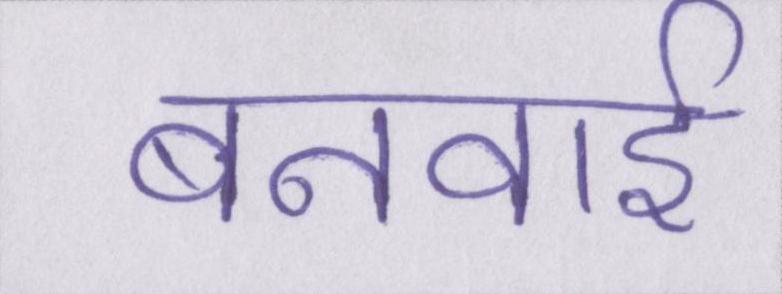
बनवाई